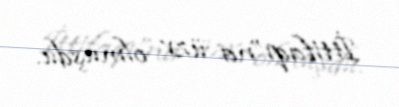
İttifaqı”na üzv olmuşdu.